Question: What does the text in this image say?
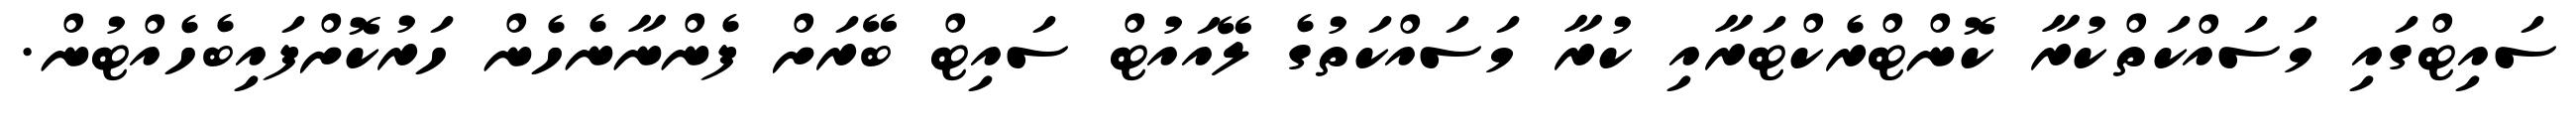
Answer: ސައިޓްގައި މަސައްކަތްކުރާ ކޮންޓްރެކްޓަރާއި ކުރާ މަސައްކަތުގެ ލޭއައުޓް ސައިޓް ބޭރަށް ފެންނާނެހެން ހަރުކޮށްފައިބެހެއްޓުން.